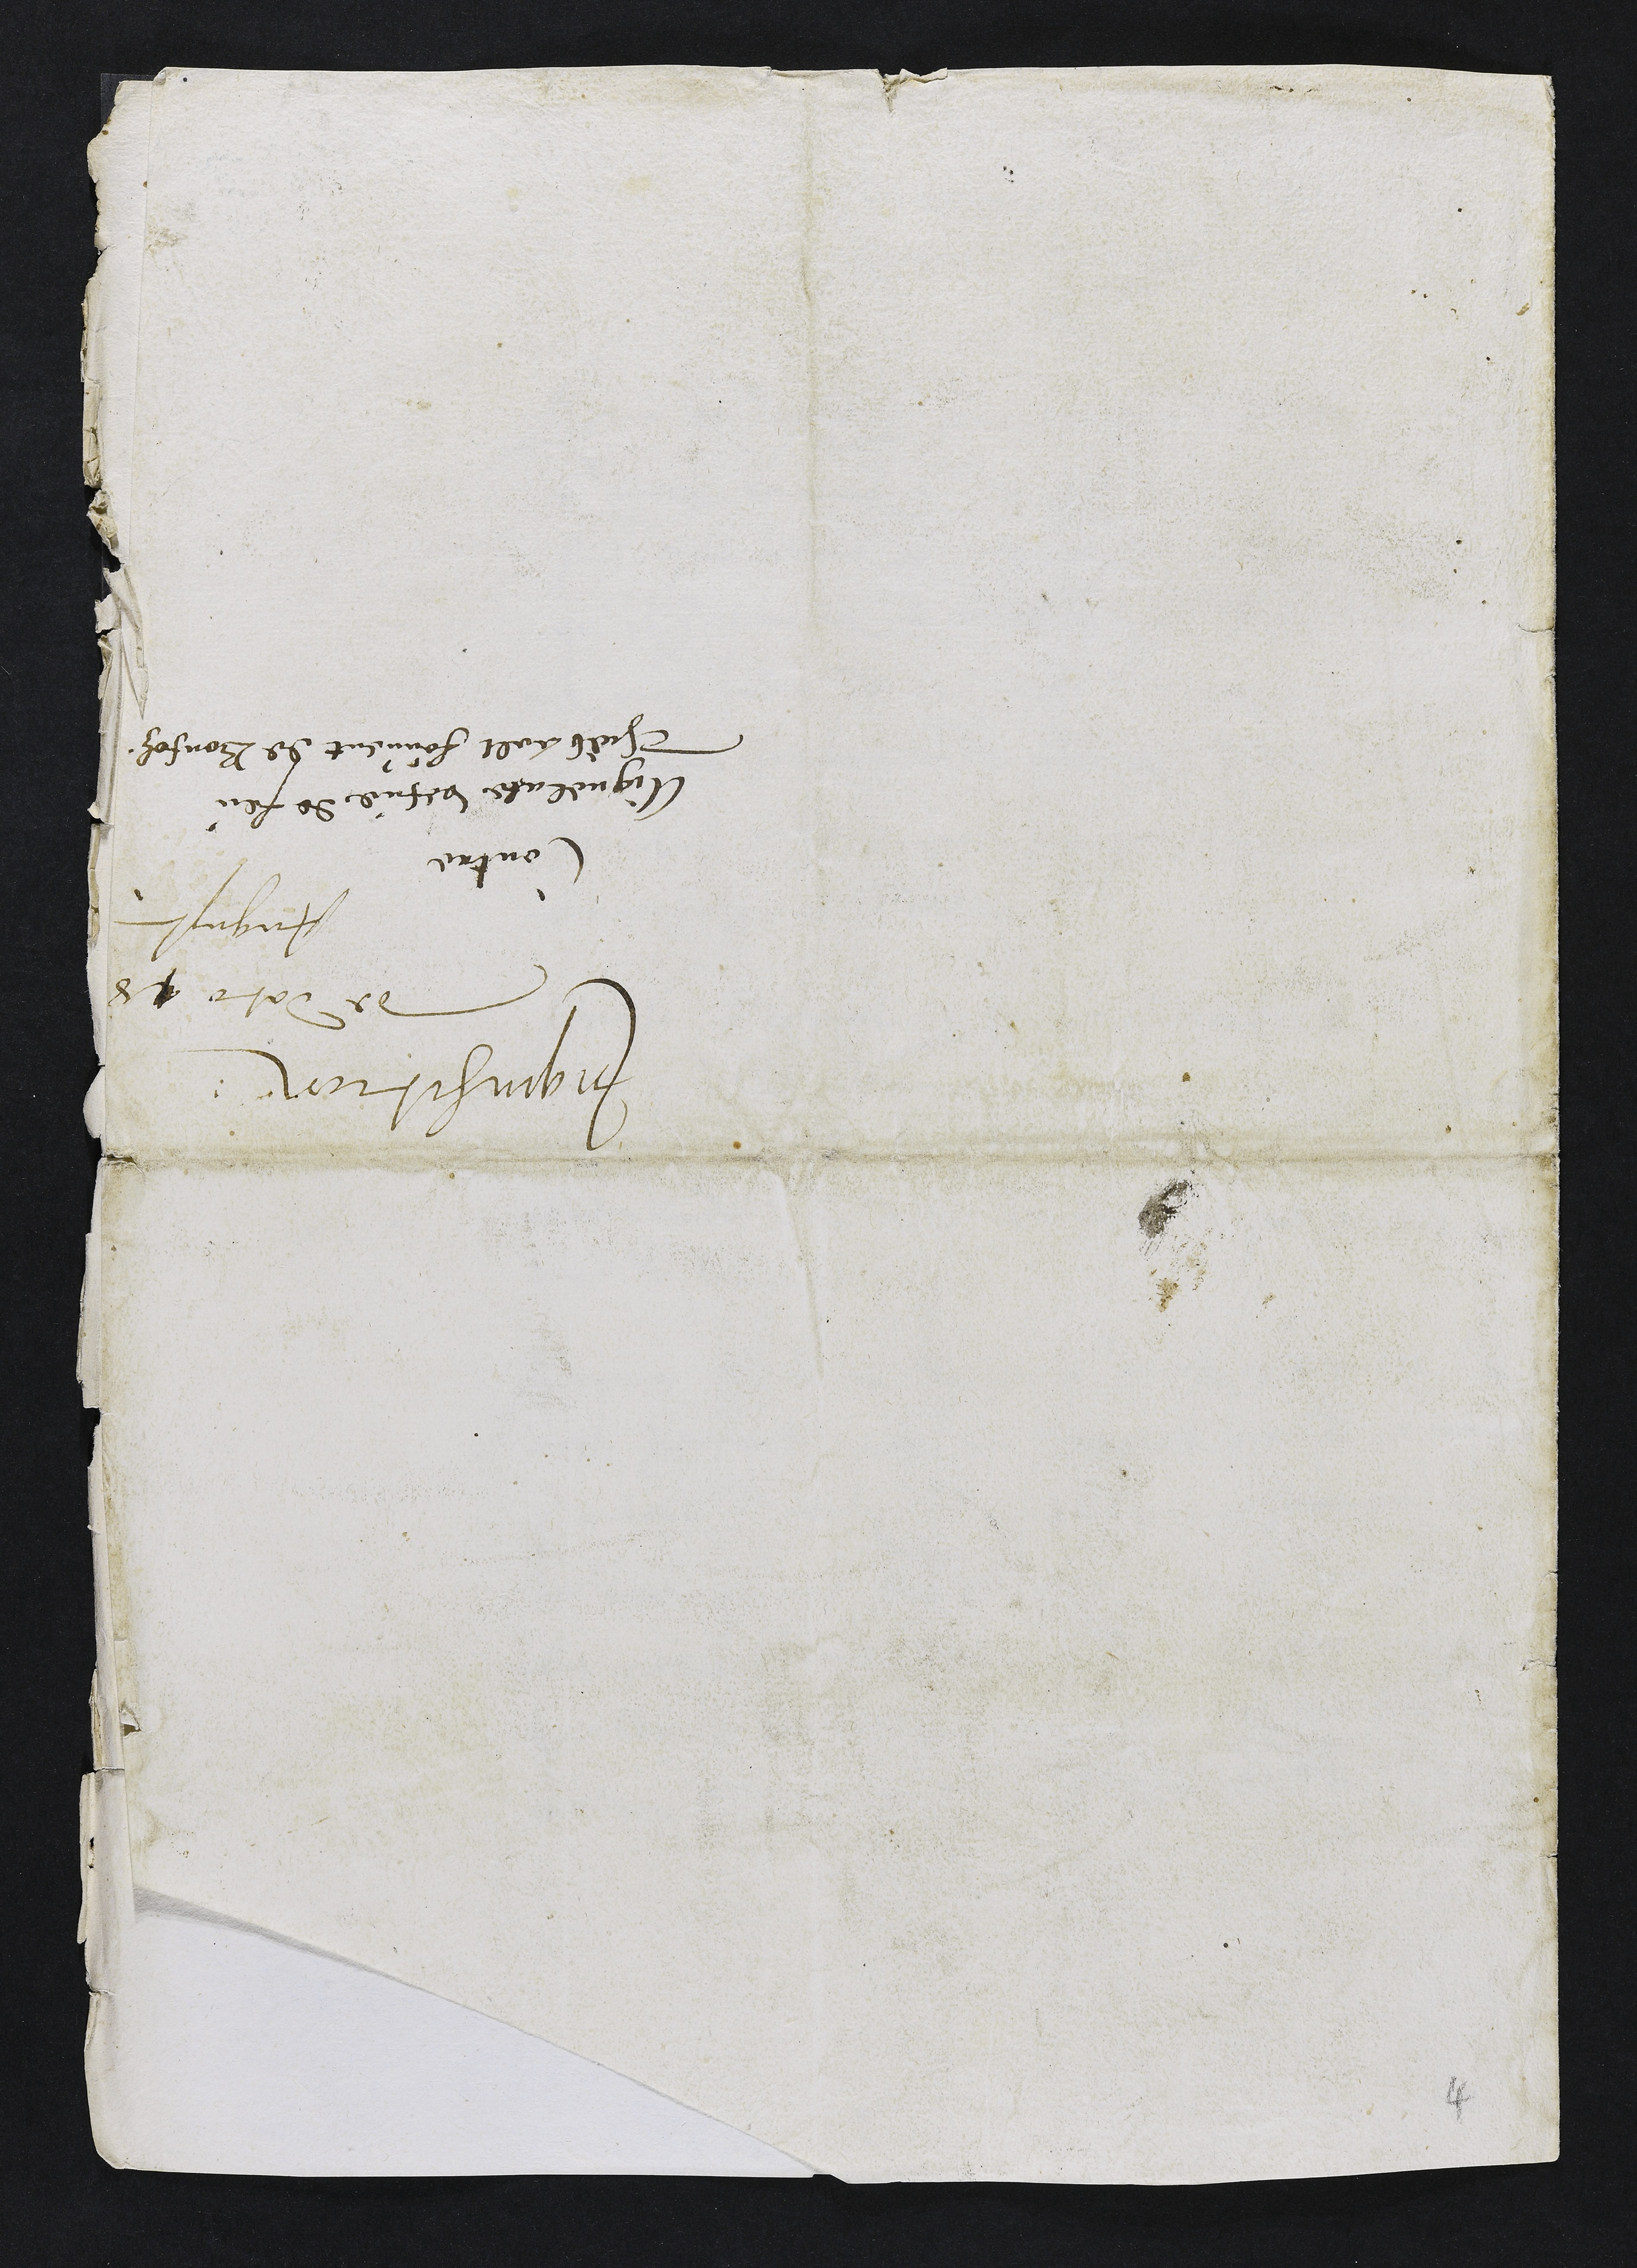
Inquisition
de dato 18
August
Contre
Aignelate vefve de feu
Thiebault Fouvent de Bonfolz